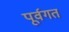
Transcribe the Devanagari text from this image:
पूर्वगत